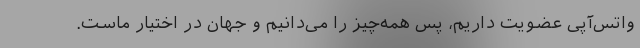
واتس‌آپی عضویت داریم، پس همه‌چیز را می‌دانیم و جهان در اختیار ماست.